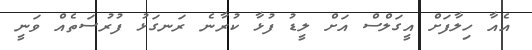
އެއާ ހިލާފަށް އީގަލްސް އަށް ލީޑު ފުޅާ ކުރާނެ ރަނގަޅު ފުރުސަތެއް ވަނީ